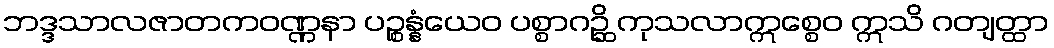
ဘဒ္ဒသာလဇာတကဝဏ္ဏနာ ပဉ္စန္နံယေဝ ပစ္စာဂဉ္ဆိ ကုသလာဣစ္စေဝ ဣသိ ဂတျတ္ထာ